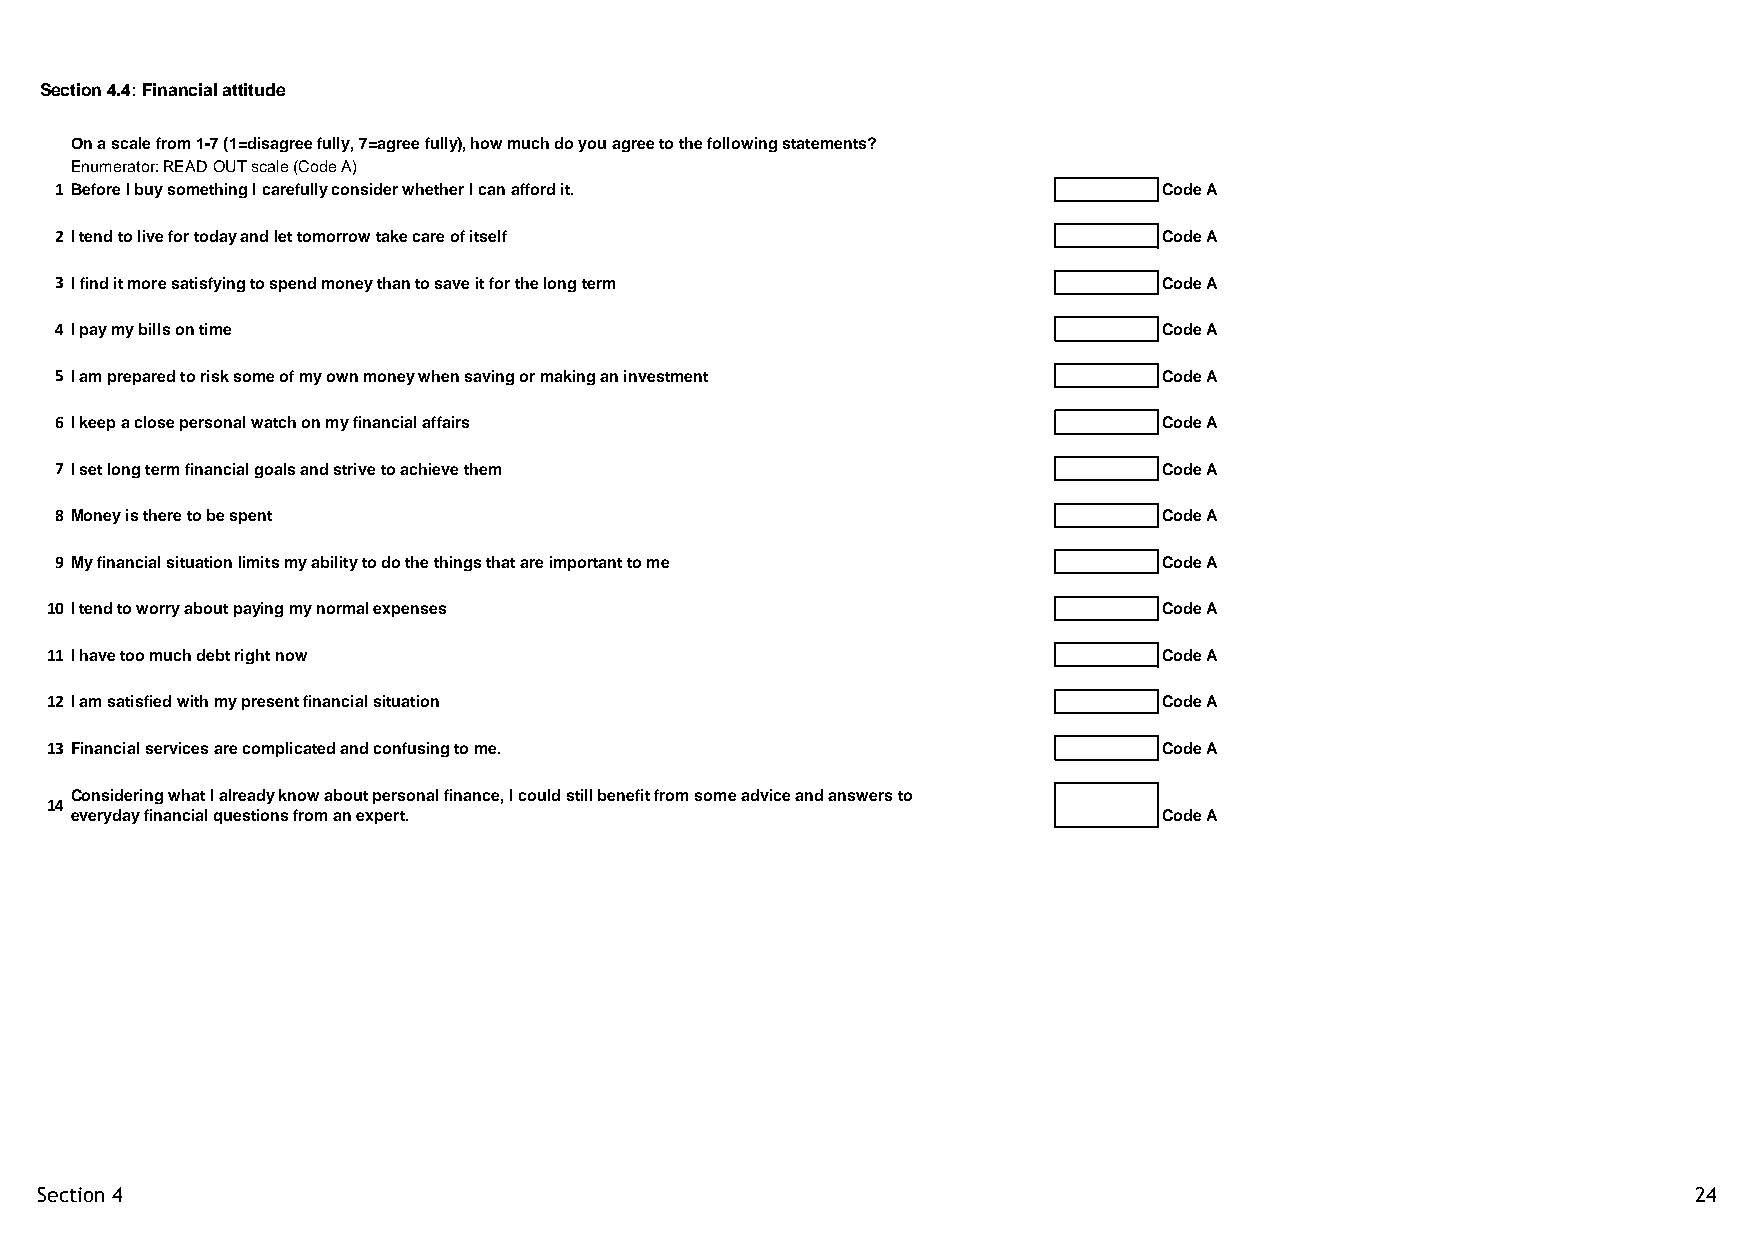
Section 4.4: Financial attitude
 On a scale from 1-7 (1=disagree fully, 7=agree fully), how much do you agree to the following statements?
 Enumerator: READ OUT scale (Code A)
 1 Before I buy something I carefully consider whether I can afford it.   Code A
 2 I tend to live for today and let tomorrow take care of itself          Code A
 3 I find it more satisfying to spend money than to save it for the long term Code A
 4 I pay my bills on time                                                 Code A
 5 I am prepared to risk some of my own money when saving or making an investment Code A
 6 I keep a close personal watch on my financial affairs                  Code A
 7 I set long term financial goals and strive to achieve them             Code A
 8 Money is there to be spent                                             Code A
 9 My financial situation limits my ability to do the things that are important to me Code A
 10 I tend to worry about paying my normal expenses                        Code A
 11 I have too much debt right now                                         Code A
 12 I am satisfied with my present financial situation                     Code A
 13 Financial services are complicated and confusing to me.                Code A
 Considering what I already know about personal finance, I could still benefit from some advice and answers to
 14
 everyday financial questions from an expert.                            Code A
 Section 4                                                                                                     24